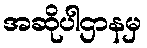
အဆိုပါဌာနမှ